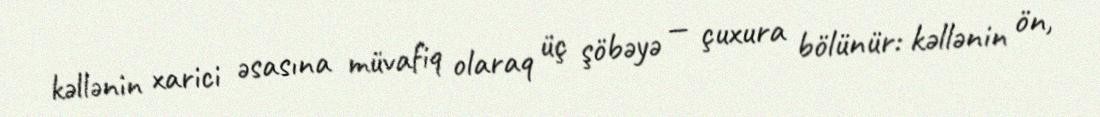
kəllənin xarici əsasına müvafiq olaraq üç şöbəyə — çuxura bölünür: kəllənin ön,